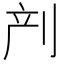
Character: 𱐙